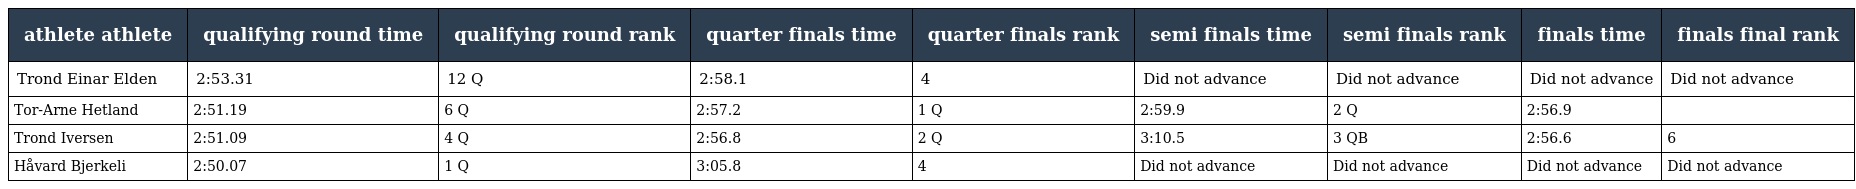
| athlete athlete | qualifying round time | qualifying round rank | quarter finals time | quarter finals rank | semi finals time | semi finals rank | finals time | finals final rank |
 | --- | --- | --- | --- | --- | --- | --- | --- | --- |
 | Trond Einar Elden | 2:53.31 | 12 Q | 2:58.1 | 4 | Did not advance | Did not advance | Did not advance | Did not advance |
 | Tor-Arne Hetland | 2:51.19 | 6 Q | 2:57.2 | 1 Q | 2:59.9 | 2 Q | 2:56.9 |  |
 | Trond Iversen | 2:51.09 | 4 Q | 2:56.8 | 2 Q | 3:10.5 | 3 QB | 2:56.6 | 6 |
 | Håvard Bjerkeli | 2:50.07 | 1 Q | 3:05.8 | 4 | Did not advance | Did not advance | Did not advance | Did not advance |